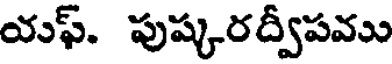
యఫ్. పుష్కరద్వీపము